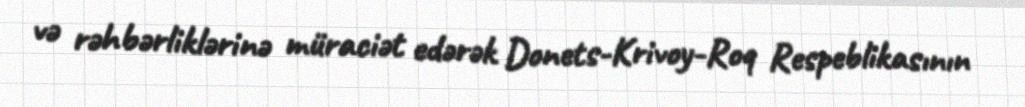
və rəhbərliklərinə müraciət edərək Donets-Krivoy-Roq Respeblikasının